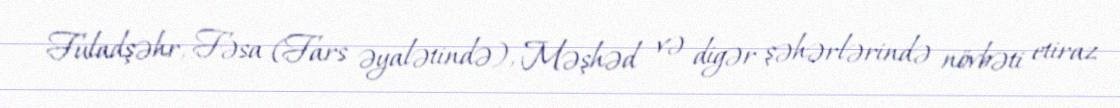
Fuladşəhr, Fəsa (Fars əyalətində), Məşhəd və digər şəhərlərində növbəti etiraz